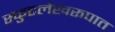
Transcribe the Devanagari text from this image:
स्फुटलेखरूपात